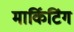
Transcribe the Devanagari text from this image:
मार्किटिंग